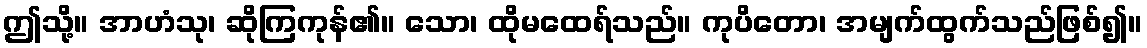
ဤသို့။ အာဟံသု၊ ဆိုကြကုန်၏။ သော၊ ထိုမထေရ်သည်။ ကုပိတော၊ အမျက်ထွက်သည်ဖြစ်၍။